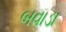
બવાડા